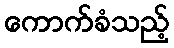
ကောက်ခံသည့်